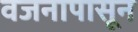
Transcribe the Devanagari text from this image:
वजनापासून